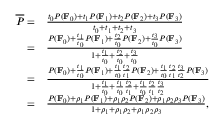
\begin{array} { r l } { \overline { { P } } = } & { \frac { t _ { 0 } P ( \mathbf { F } _ { 0 } ) + t _ { 1 } P ( \mathbf { F } _ { 1 } ) + t _ { 2 } P ( \mathbf { F } _ { 2 } ) + t _ { 3 } P ( \mathbf { F } _ { 3 } ) } { t _ { 0 } + t _ { 1 } + t _ { 2 } + t _ { 3 } } } \\ { = } & { \frac { P ( \mathbf { F } _ { 0 } ) + \frac { t _ { 1 } } { t _ { 0 } } P ( \mathbf { F } _ { 1 } ) + \frac { t _ { 2 } } { t _ { 0 } } P ( \mathbf { F } _ { 2 } ) + \frac { t _ { 3 } } { t _ { 0 } } P ( \mathbf { F } _ { 3 } ) } { 1 + \frac { t _ { 1 } } { t _ { 0 } } + \frac { t _ { 2 } } { t _ { 0 } } + \frac { t _ { 3 } } { t _ { 0 } } } } \\ { = } & { \frac { P ( \mathbf { F } _ { 0 } ) + \frac { t _ { 1 } } { t _ { 0 } } P ( \mathbf { F } _ { 1 } ) + \frac { t _ { 1 } } { t _ { 0 } } \frac { t _ { 2 } } { t _ { 1 } } P ( \mathbf { F } _ { 2 } ) + \frac { t _ { 1 } } { t _ { 0 } } \frac { t _ { 2 } } { t _ { 1 } } \frac { t _ { 3 } } { t _ { 2 } } P ( \mathbf { F } _ { 3 } ) } { 1 + \frac { t _ { 1 } } { t _ { 0 } } + \frac { t _ { 1 } } { t _ { 0 } } \frac { t _ { 2 } } { t _ { 1 } } + \frac { t _ { 1 } } { t _ { 0 } } \frac { t _ { 2 } } { t _ { 1 } } \frac { t _ { 3 } } { t _ { 2 } } } } \\ { = } & { \frac { P ( \mathbf { F } _ { 0 } ) + \rho _ { 1 } P ( \mathbf { F } _ { 1 } ) + \rho _ { 1 } \rho _ { 2 } P ( \mathbf { F } _ { 2 } ) + \rho _ { 1 } \rho _ { 2 } \rho _ { 3 } P ( \mathbf { F } _ { 3 } ) } { 1 + \rho _ { 1 } + \rho _ { 1 } \rho _ { 2 } + \rho _ { 1 } \rho _ { 2 } \rho _ { 3 } } , } \end{array}